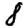
Digit: 8